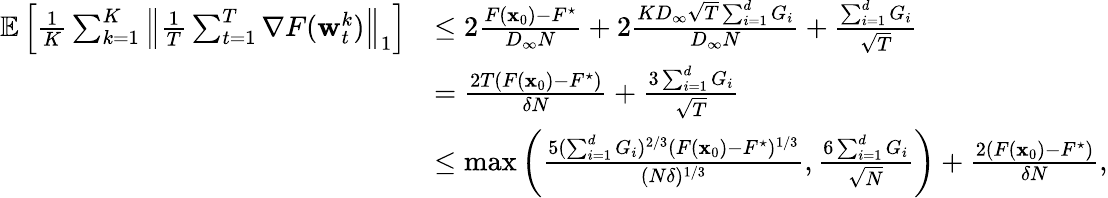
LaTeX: \begin{array}{rl}{\mathop{\mathbb{E}}\left[\frac{1}{K}\sum_{k=1}^{K}\left\| \frac{1}{T}\sum_{t=1}^{T}\nabla F({\mathbf w}_{t}^{k})\right\| _{1}\right]}&{\le 2\frac{F({\mathbf x}_{0})-F^{\star}}{D_{\infty}N}+2\frac{KD_{\infty}\sqrt{T}\sum_{i=1}^{d}G_{i}}{D_{\infty}N}+\frac{\sum_{i=1}^{d}G_{i}}{\sqrt{T}}}\\ &{=\frac{2T(F({\mathbf x}_{0})-F^{\star})}{\delta N}+\frac{3\sum_{i=1}^{d}G_{i}}{\sqrt{T}}}\\ &{\le\operatorname*{max}\left(\frac{5(\sum_{i=1}^{d}G_{i})^{2/3}(F({\mathbf x}_{0})-F^{\star})^{1/3}}{(N\delta)^{1/3}},\frac{6\sum_{i=1}^{d}G_{i}}{\sqrt{N}}\right)+\frac{2(F({\mathbf x}_{0})-F^{\star})}{\delta N},}\end{array}